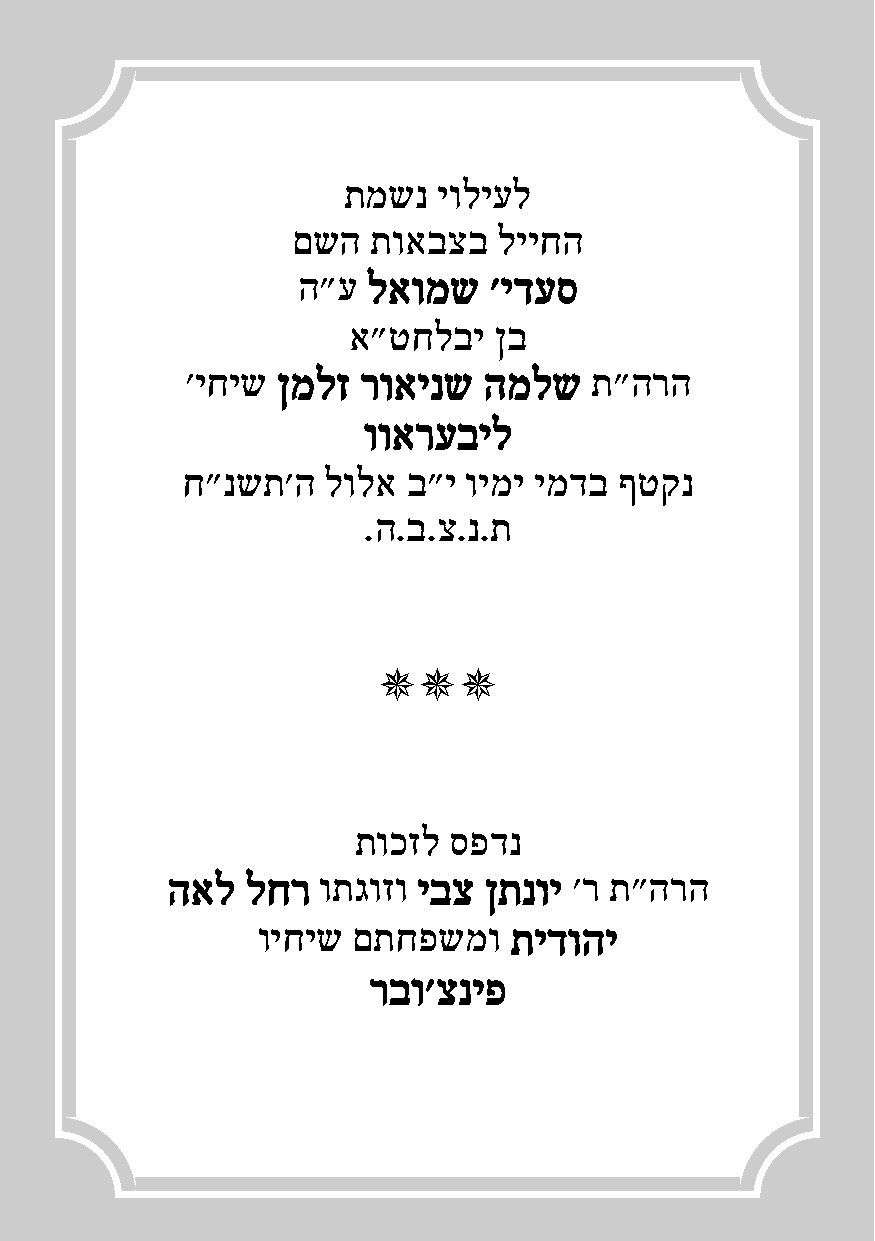
תמשנ  יוליעל
 םשה   תואבצב  לייחה
 ה"ע לאומש   'ידעס
 א"טחלבי   ןב
 'יחיש ןמלז  רואינש  המלש   ת"הרה
 ווארעביל
 ח"נשת'ה   לולא ב"י וימי ימדב ףטקנ
 .ה.ב.צ.נ.ת
     
 תוכזל  ספדנ
 האל  לחר  ותגוזו יבצ ןתנוי 'ר ת"הרה
 ויחיש םתחפשמו    תידוהי
     רבו'צניפ